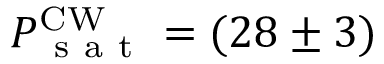
P _ { \mathrm { ~ s ~ a ~ t ~ } } ^ { \mathrm { C W } } = ( 2 8 \pm 3 )